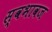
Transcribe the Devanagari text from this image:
स्वभावज